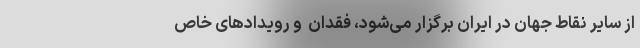
از سایر نقاط جهان در ایران برگزار می‌شود، فقدان ‌ و رویدادهای خاص